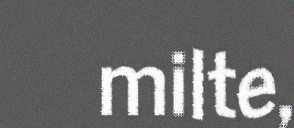
milte,